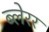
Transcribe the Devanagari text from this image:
ब्लेरर